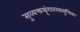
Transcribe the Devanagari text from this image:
सुव्यक्तश्रृंगाररससूचिका